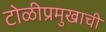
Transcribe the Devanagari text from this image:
टोळीप्रमुखाची